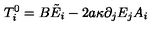
T _ { i } ^ { 0 } = B \tilde { E } _ { i } - 2 a \kappa \partial _ { j } E _ { j } A _ { i }